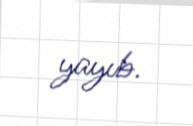
yayıb.